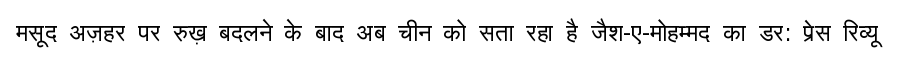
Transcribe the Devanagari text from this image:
मसूद अज़हर पर रुख़ बदलने के बाद अब चीन को सता रहा है जैश-ए-मोहम्मद का डर: प्रेस रिव्यू